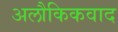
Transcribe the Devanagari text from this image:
अलौकिकवाद